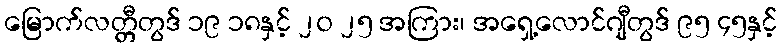
မြောက်လတ္တီတွဒ် ၁၉ ၁၈နှင့် ၂၀ ၂၅ အကြား၊ အရှေ့လောင်ဂျီတွဒ် ၉၅ ၄၅နှင့်